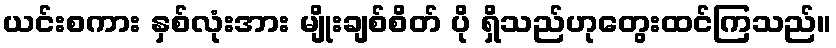
ယင်းစကား နှစ်လုံးအား မျိုးချစ်စိတ် ပို ရှိသည်ဟုတွေးထင်ကြသည်။